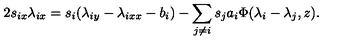
2 s _ { i x } \lambda _ { i x } = s _ { i } ( \lambda _ { i y } - \lambda _ { i x x } - b _ { i } ) - \sum _ { j \ne i } s _ { j } a _ { i } \Phi ( \lambda _ { i } - \lambda _ { j } , z ) .